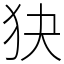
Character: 㹟